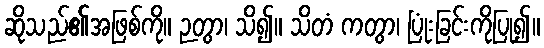
ဆိုသည်၏အဖြစ်ကို။ ဉတွာ၊ သိ၍။ သိတံ ကတွာ၊ ပြုံးခြင်းကိုပြု၍။